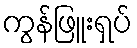
ကွန်ဖြူးရှပ်